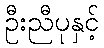
ဦးညီပုနှင့်